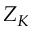
Z _ { K }